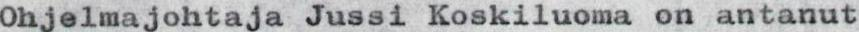
Ohjelmajohtaja Jussi Koskiluoma on antanut